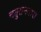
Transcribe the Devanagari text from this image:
चतुराननास